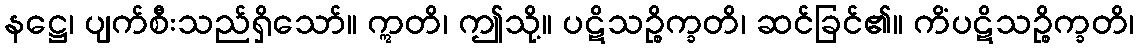
နဋ္ဌေ၊ ပျက်စီးသည်ရှိသော်။ ဣတိ၊ ဤသို့။ ပဋိသဉ္စိက္ခတိ၊ ဆင်ခြင်၏။ ကိံပဋိသဉ္စိက္ခတိ၊